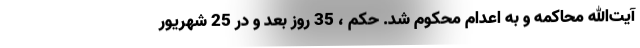
آیت‌الله محاکمه و به اعدام محکوم شد. حکم ، 35 روز بعد و در 25 شهریور